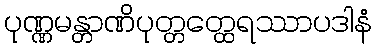
ပုဏ္ဏမန္တာဏိပုတ္တတ္ထေရဿာပဒါနံ